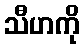
သီဟကို